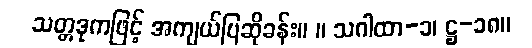
သတ္တဒုကဖြင့် အကျယ်ပြဆိုခန်း။ ။ သဂါထာ-၁၊ ဋ္ဌ-၁၈။